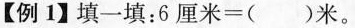
【例1】填一填：$$6 厘 米 = ()米$$。